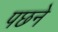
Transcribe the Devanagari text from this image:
पछने